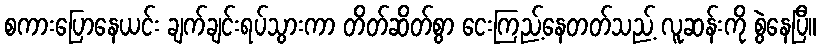
စကားပြောနေယင်း ချက်ချင်းရပ်သွားကာ တိတ်ဆိတ်စွာ ငေးကြည့်နေတတ်သည့် လူဆန်းကို စွဲနေပြီ။